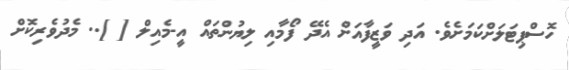
ހޮސްޕިޓަލަށްކަމަށެވެ. އަދި ވަޒީފާއަށް އެދޭ ފޯމާއި ލިޔުންތައް އީ-މެއިލް [ ].. މެދުވެރިކޮށް